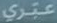
عبري